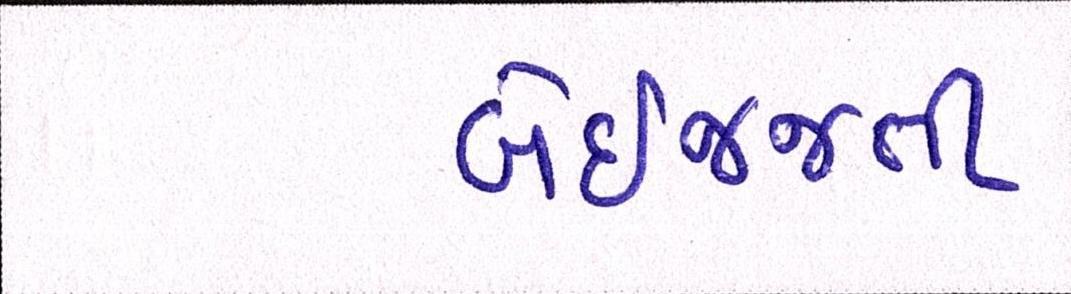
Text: બેઇજ્જતી